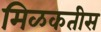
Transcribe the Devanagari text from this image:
मिळकतीस